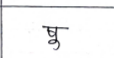
मजकूर: षु